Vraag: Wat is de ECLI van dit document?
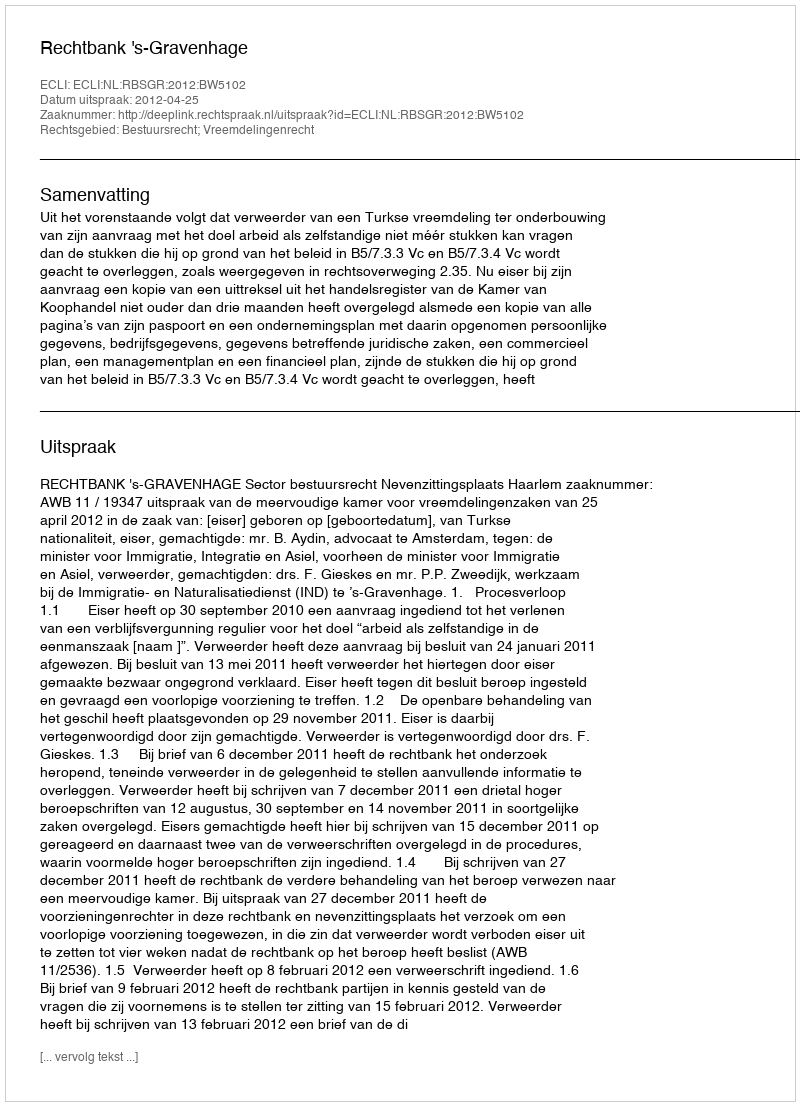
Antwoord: ECLI:NL:RBSGR:2012:BW5102